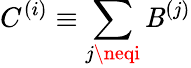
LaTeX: C^{(i)}\equiv\sum_{j\neqi}\mathit{B}^{(j)}